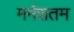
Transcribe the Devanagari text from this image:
मर्मशतम